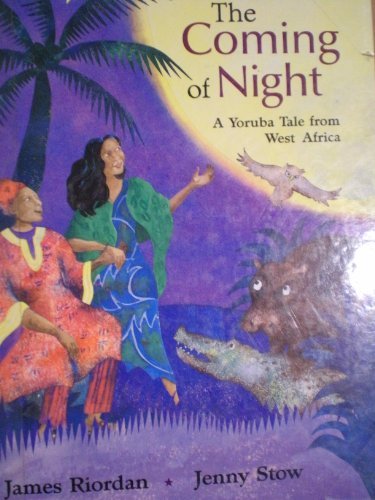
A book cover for Coming Of Night, The; James Riordan; Children's Books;